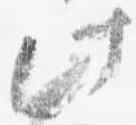
此